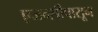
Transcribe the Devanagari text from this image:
एजन्सीपासून